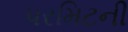
પરમિટની